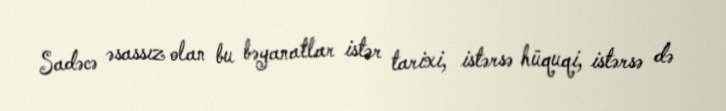
Sadəcə əsassız olan bu bəyanatlar istər tarixi, istərsə hüquqi, istərsə də